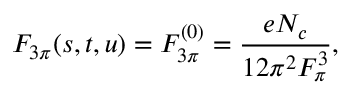
F _ { 3 \pi } ( s , t , u ) = F _ { 3 \pi } ^ { ( 0 ) } = \frac { e N _ { c } } { 1 2 \pi ^ { 2 } F _ { \pi } ^ { 3 } } ,